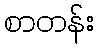
စာတန်း